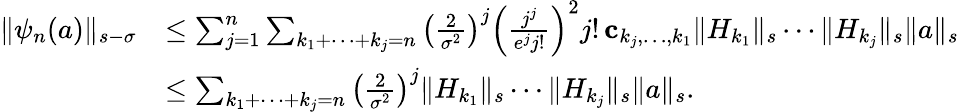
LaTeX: \begin{array}{rl}{\Vert\psi_{n}(a)\Vert_{s-\sigma}}&{\leq\sum_{j=1}^{n}\sum_{k_{1}+\cdots+k_{j}=n}\left(\frac{2}{\sigma^{2}}\right)^{j}\left(\frac{j^{j}}{e^{j}j!}\right)^{2}j!\, \mathbf{c}_{k_{j},\ldots,k_{1}}\Vert H_{k_{1}}\Vert_{s}\cdots\Vert H_{k_{j}}\Vert_{s}\Vert a\Vert_{s}}\\ &{\leq\sum_{k_{1}+\cdots+k_{j}=n}\left(\frac{2}{\sigma^{2}}\right)^{j}\Vert H_{k_{1}}\Vert_{s}\cdots\Vert H_{k_{j}}\Vert_{s}\Vert a\Vert_{s}.}\end{array}